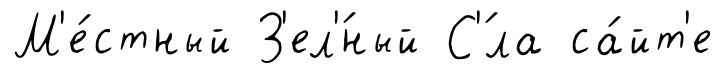
М'е́стный З'ел'́ный С'́ла са́йт'е